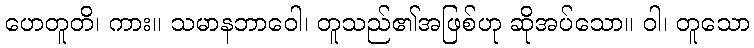
ဟေတူတိ၊ ကား။ သမာနဘာဝေါ၊ တူသည်၏အဖြစ်ဟု ဆိုအပ်သော။ ဝါ၊ တူသော